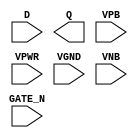
module sky130_fd_sc_hdll__dlxtn (
    //# {{data|Data Signals}}
    input  D     ,
    output Q     ,

    //# {{clocks|Clocking}}
    input  GATE_N,

    //# {{power|Power}}
    input  VPB   ,
    input  VPWR  ,
    input  VGND  ,
    input  VNB
);
endmodule